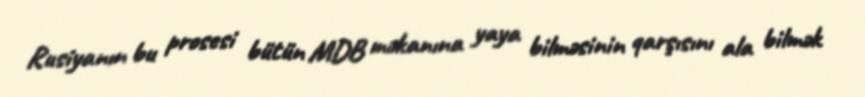
Rusiyanın bu prosesi bütün MDB məkanına yaya bilməsinin qarşısını ala bilmək